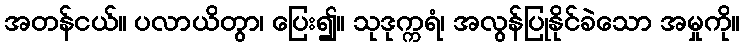
အတန်ငယ်။ ပလာယိတွာ၊ ပြေး၍။ သုဒုက္ကရံ၊ အလွန်ပြုနိုင်ခဲသော အမှုကို။